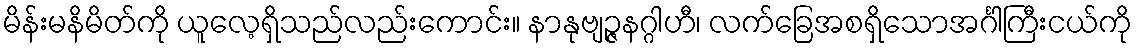
မိန်းမနိမိတ်ကို ယူလေ့ရှိသည်လည်းကောင်း။ နာနုဗျဉ္ဇနဂ္ဂါဟီ၊ လက်ခြေအစရှိသောအင်္ဂါကြီးငယ်ကို